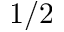
1 / 2